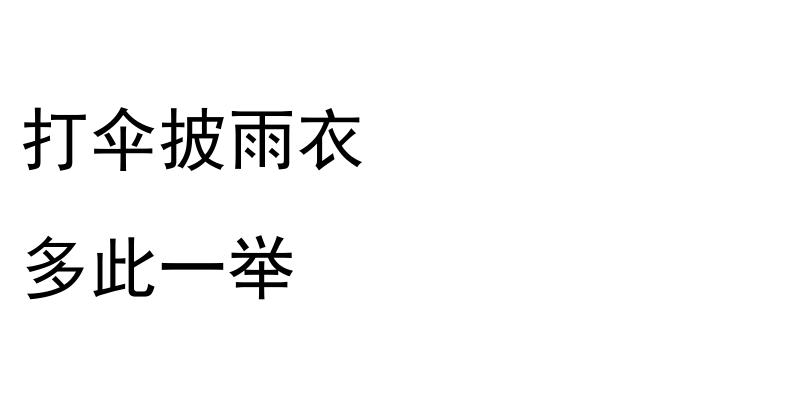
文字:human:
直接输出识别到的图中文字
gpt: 打伞披雨衣 多此一举